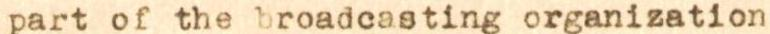
part of the broadcasting organization